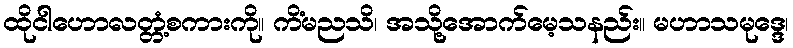
ထိုငါဟောလတ္တံ့စကားကို။ ကိံမညသိ၊ အသို့အောက်မေ့သနည်း။ မဟာသမုဒ္ဒေ၊